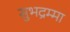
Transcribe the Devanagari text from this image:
सुभद्रम्मा